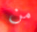
من